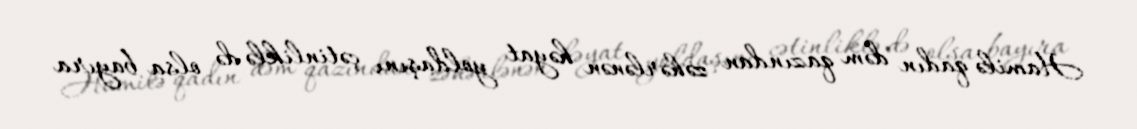
Hamilə qadın dəm qazından zəhərlənən həyat yoldaşını çətinliklə də olsa bayıra